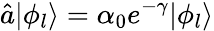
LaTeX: \hat{a}|\phi_{l}\rangle=\alpha_{0}e^{-\gamma}|\phi_{l}\rangle